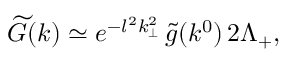
\widetilde { G } ( k ) \simeq e ^ { - l ^ { 2 } k _ { \perp } ^ { 2 } } \, \widetilde { g } ( k ^ { 0 } ) \, 2 \Lambda _ { + } ,